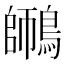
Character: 𪄜